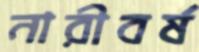
নারীবর্ষ